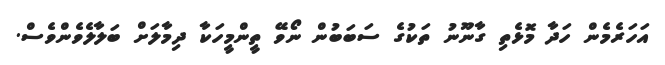
އަހަރެމެން ހަދާ މޮޅެތި ގާނޫނު ތަކުގެ ސަބަބުން ނޯވޭ ތީންމީހަކާ ދިމާލަށް ބަލާލެވެންވެސް.